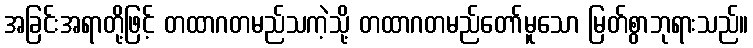
အခြင်းအရာတို့ဖြင့် တထာဂတမည်သကဲ့သို့ တထာဂတမည်တော်မူသော မြတ်စွာဘုရားသည်။